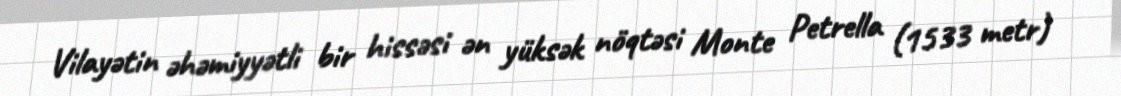
Vilayətin əhəmiyyətli bir hissəsi ən yüksək nöqtəsi Monte Petrella (1533 metr)